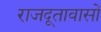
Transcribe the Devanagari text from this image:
राजदूतावासों